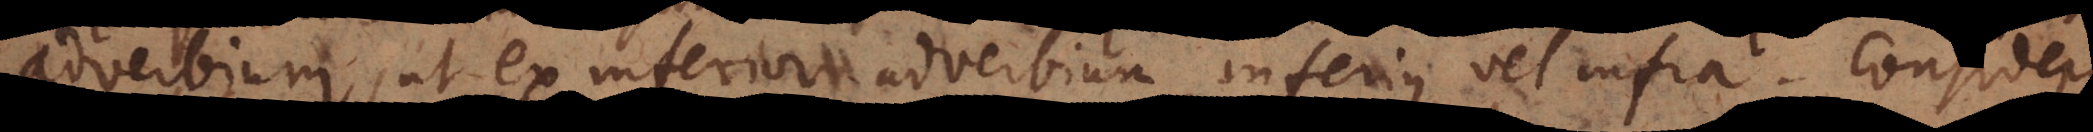
adverbium, ut ex inferior adverbium inferius, vel infra. Consider